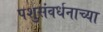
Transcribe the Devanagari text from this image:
पशुसंवर्धनाच्या